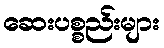
ဆေးပစ္စည်းများ